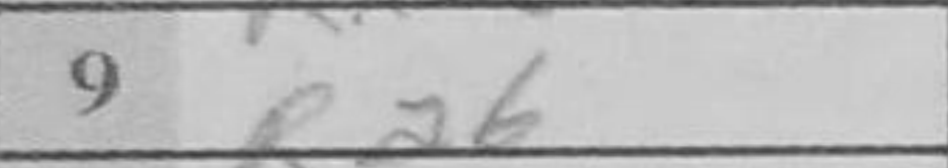
Transcription: Ra6